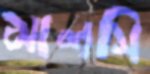
মালসি